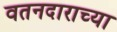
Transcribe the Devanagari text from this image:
वतनदाराच्या